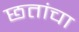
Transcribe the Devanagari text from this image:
छतांचा